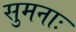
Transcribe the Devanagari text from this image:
सुमनाः